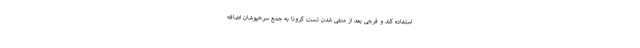
استفاده کند و فرجی بعد از منفی شدن تست کرونا به جمع سرخپوشان اضافه